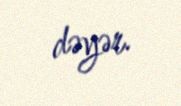
dəyər.